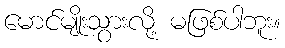
မောင်မျိုးသွားလို့ မဖြစ်ပါဘူး။